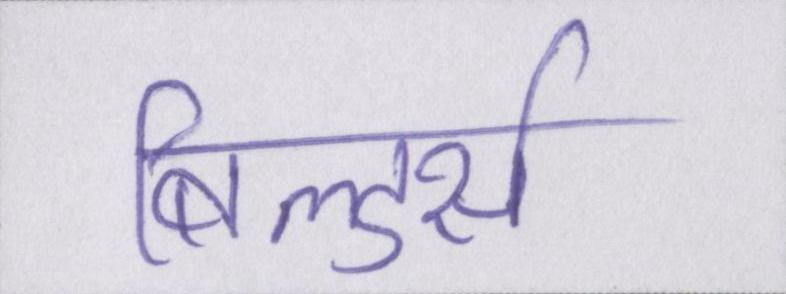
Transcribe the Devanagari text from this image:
बिल्डर्स